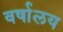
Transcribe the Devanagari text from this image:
वर्षालय